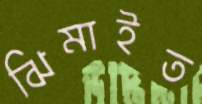
ঝিমাইত